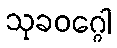
သုခဝဂ္ဂေါ